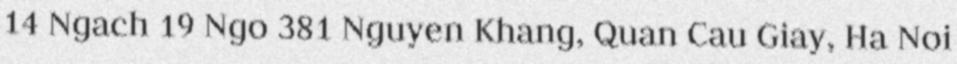
14 Ngach 19 Ngo 381 Nguyen Khang, Quan Cau Giay, Ha Noi